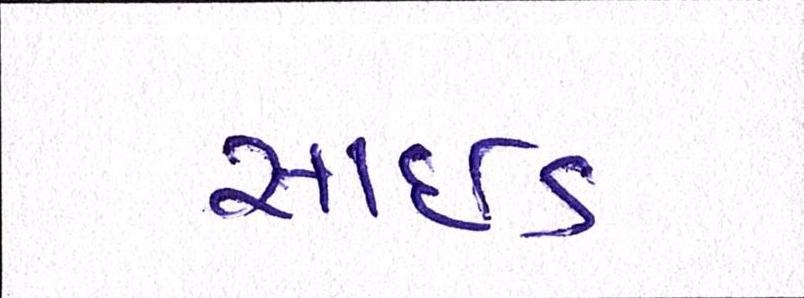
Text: સાઈડ